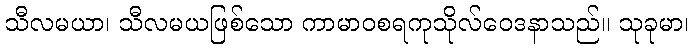
သီလမယာ၊ သီလမယဖြစ်သော ကာမာဝစရကုသိုလ်ဝေဒနာသည်။ သုခုမာ၊